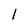
Character: 1